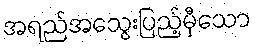
အရည်အသွေးပြည့်မှီသော